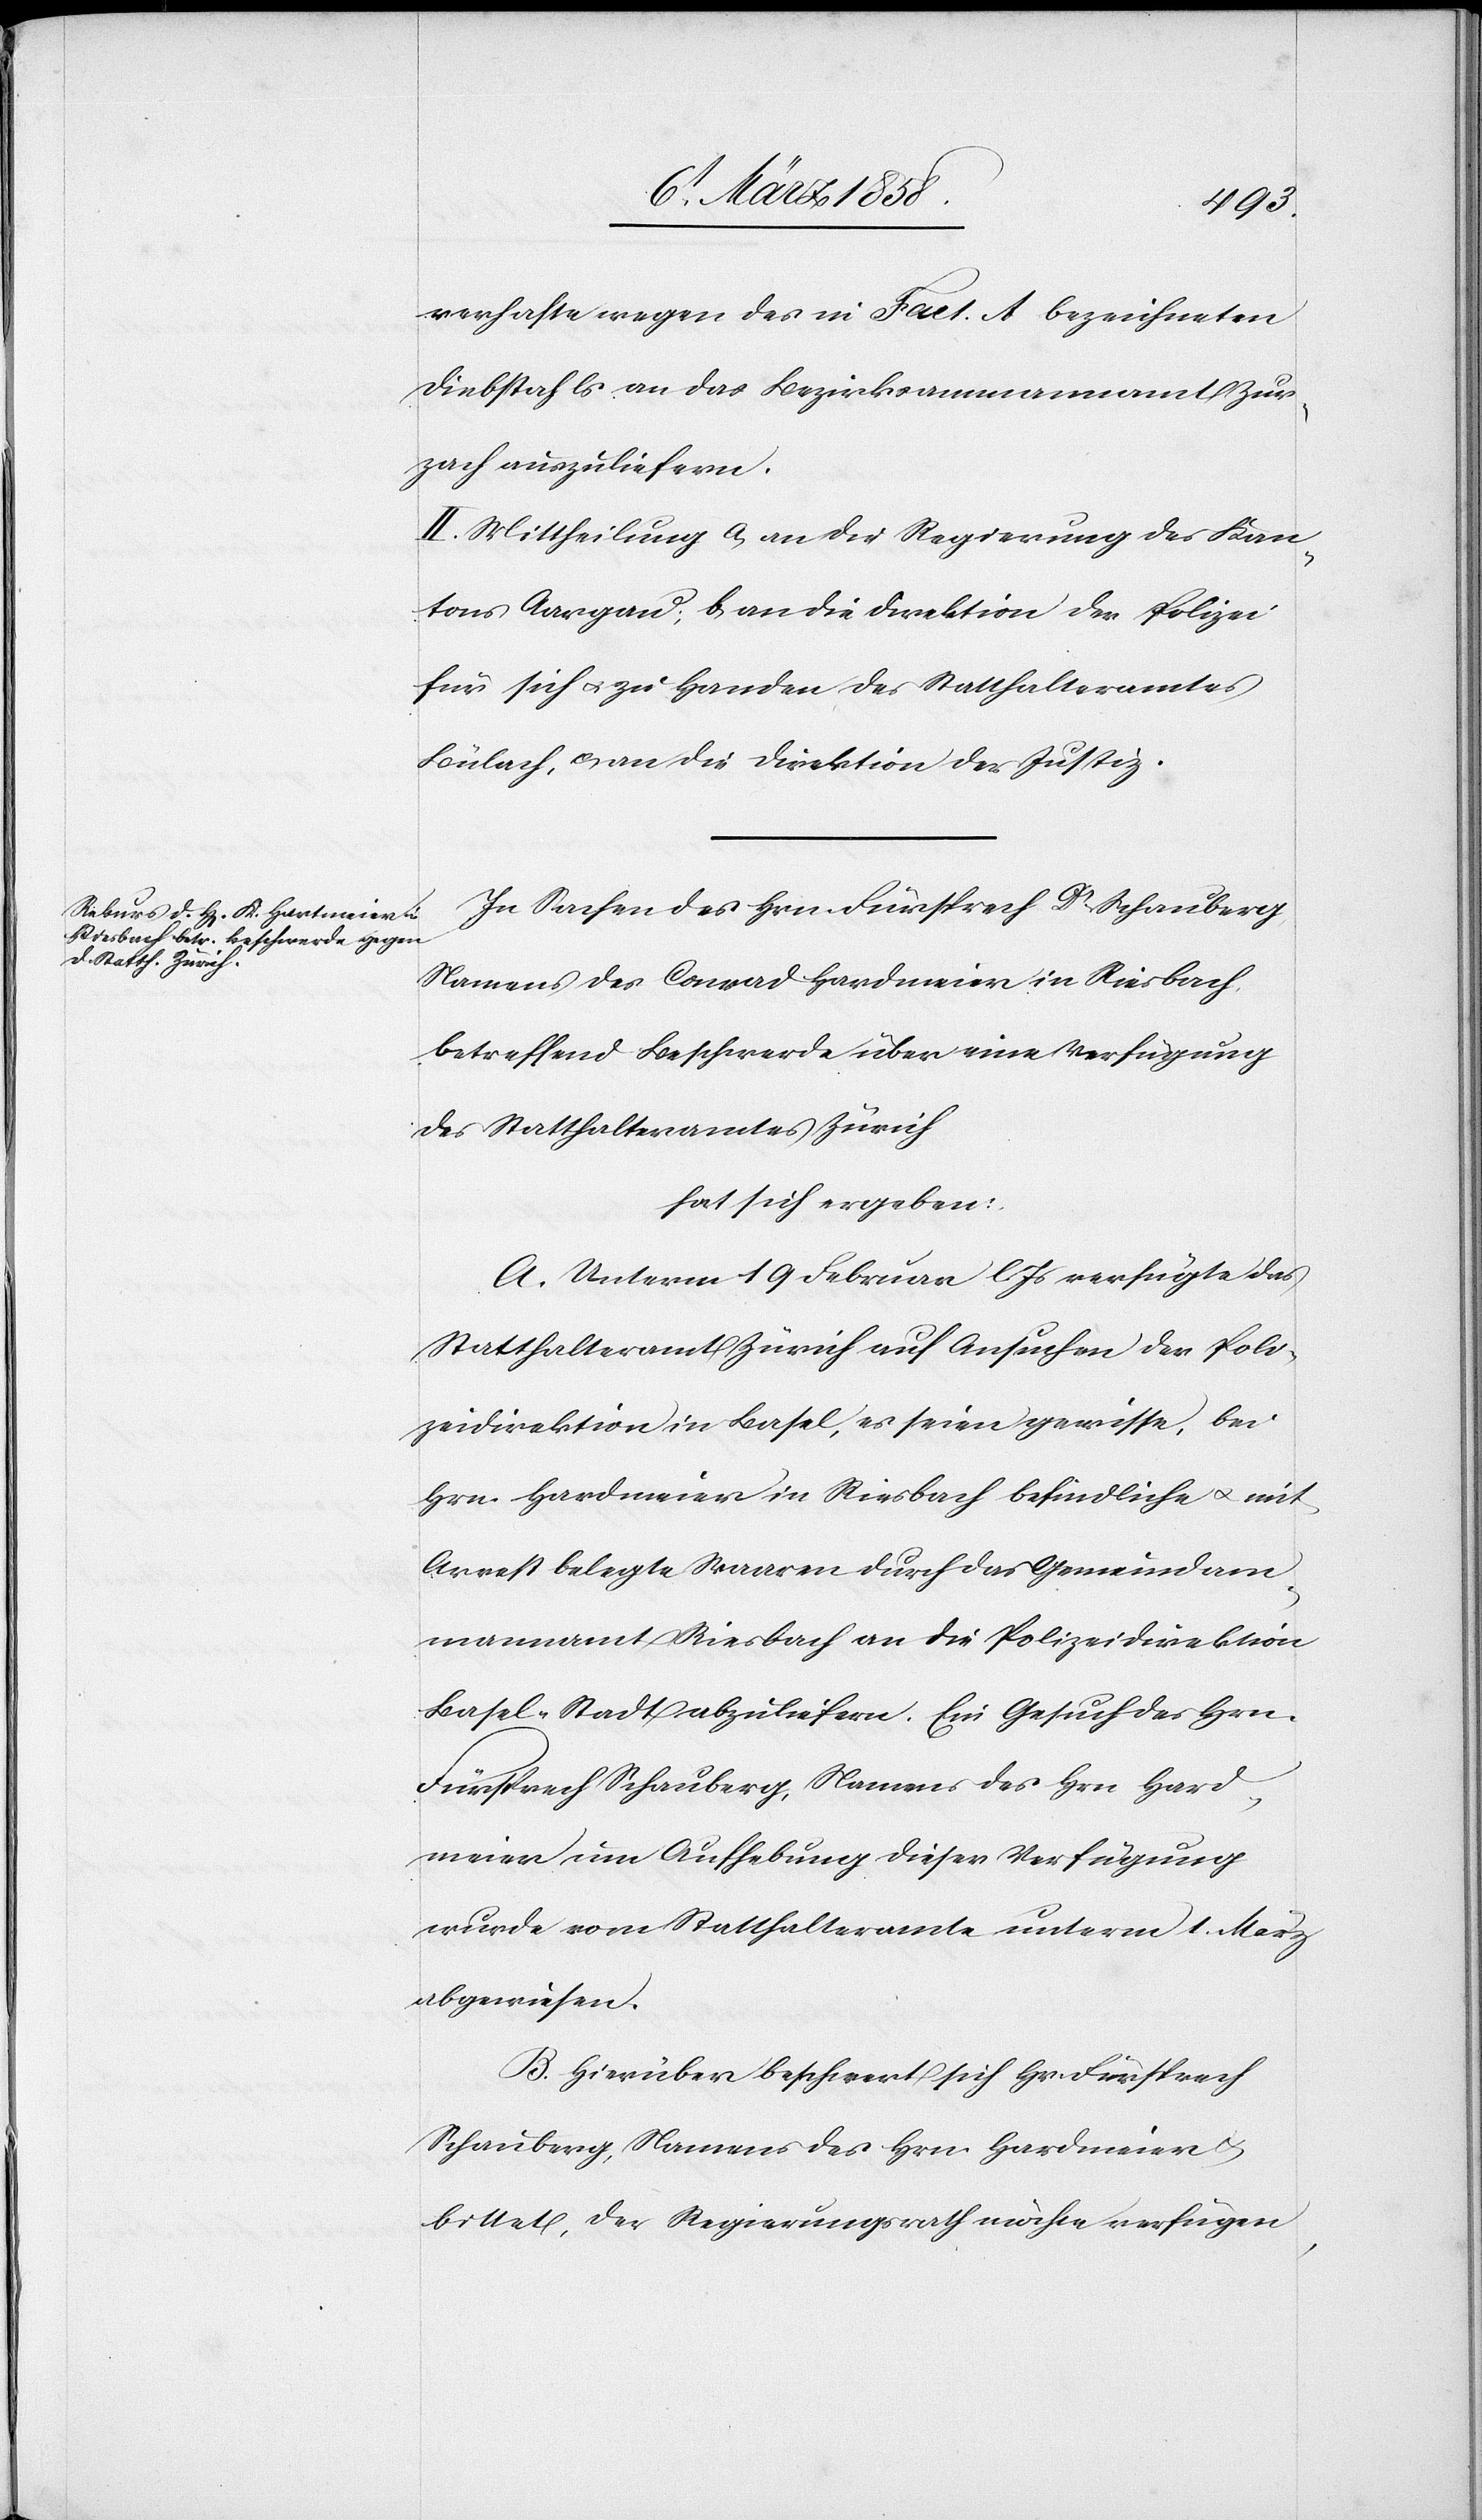
verhafte wegen des in Fact. A bezeichneten
Diebstahls an das Bezirksammannamt Zur¬
zach auszuliefern.
II. Mittheilung a. an die Regierung des Kan¬
tons Aargau; b. an die Direktion der Polizei
für sich u. zu Handen des Statthalteramtes
Bülach, c. an die Direktion der Justiz.
In Sachen des Hrn. Fürsprech Dr Schauberg,
Namens des Conrad Hardmeier in Riesbach,
betreffend Beschwerde über eine Verfügung
des Statthalteramtes Zürich
hat sich ergeben:
A. Unterm 19 Februar l. Js verfügte das
Statthalteramt Zürich auf Ansuchen der Poli¬
zeidirektion in Basel, es seien gewisse, bei
Hrn. Hardmeier in Riesbach befindliche u. mit
Arrest belegte Waaren durch das Gemeindam¬
mannamt Riesbach an die Polizeidirektion
Basel-Stadt abzuliefern. Ein Gesuch des Hrn.
Fürsprech Schauberg, Namens des Hrn Hard¬
meier um Aufhebung dieser Verfügung
wurde vom Statthalteramte unterm 1. März
abgewiesen.
B. Hierüber beschwert sich Hr Fürsprech
Schauberg, Namens des Hrn. Hardmeier u.
bittet, der Regierungsrath möchte verfügen,